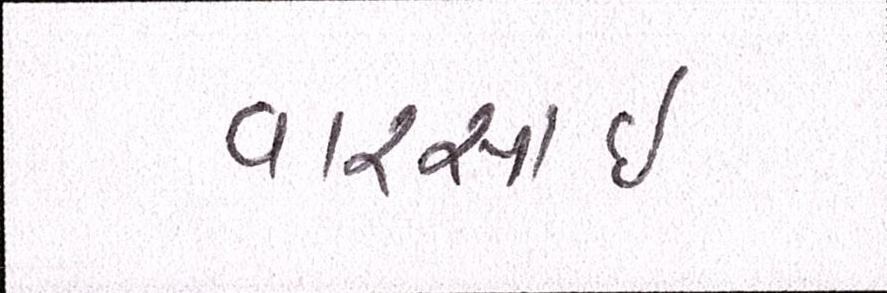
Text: વારસાઇ